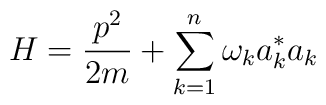
H=\frac{p^{2}}{2m} + \sum_{k=1}^{n}\omega_{k}a^{*}_{k}a_{k}